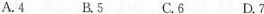
A.4 B.5 C.6 D.7